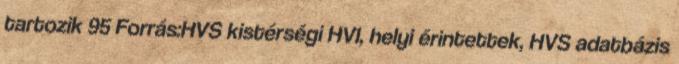
tartozik 95 Forrás:HVS kistérségi HVI, helyi érintettek, HVS adatbázis